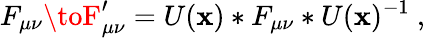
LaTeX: F_{\mu\nu}\toF_{\mu\nu}^{\prime}=U(\mathbf{x})*F_{\mu\nu}*U(\mathbf{x})^{-1}\ ,